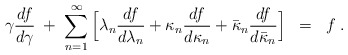
\begin{align*}\gamma \frac{df}{d\gamma} \; + \; \sum_{n=1}^\infty\Big[ \lambda_n \frac{df}{d\lambda_n} +\kappa_n \frac{df}{d \kappa_n} + \bar{\kappa}_n\frac{df}{d \bar{\kappa}_n} \Big] \; \; = \; \; f \; .\end{align*}